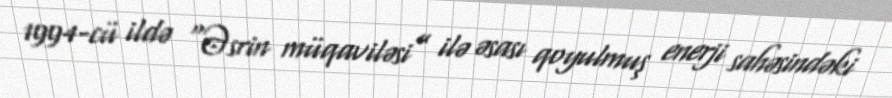
1994-cü ildə “Əsrin müqaviləsi” ilə əsası qoyulmuş enerji sahəsindəki